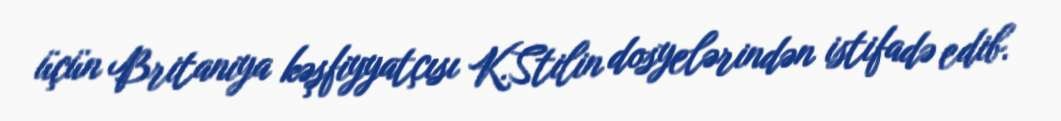
üçün Britaniya kəşfiyyatçısı K.Stilin dosyelərindən istifadə edib.